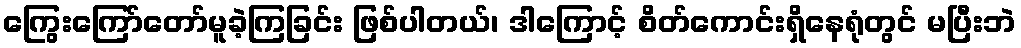
ကြွေးကြော်တော်မူခဲ့ကြခြင်း ဖြစ်ပါတယ်၊ ဒါကြောင့် စိတ်ကောင်းရှိနေရုံတွင် မပြီးဘဲ